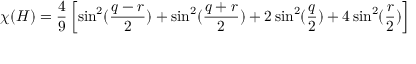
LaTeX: \chi ( H ) = \frac 4 9 \left[ \sin ^ { 2 } ( \frac { q - r } 2 ) + \sin ^ { 2 } ( \frac { q + r } 2 ) + 2 \sin ^ { 2 } ( \frac q 2 ) + 4 \sin ^ { 2 } ( \frac r 2 ) \right]